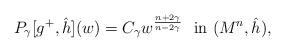
LaTeX: \begin{align*}P_\gamma[g^+,\hat{h}](w)=C_\gamma w^{\frac{n+2\gamma}{n-2\gamma}} \ \ \hbox{in} \ (M^n,\hat{h}),\end{align*}